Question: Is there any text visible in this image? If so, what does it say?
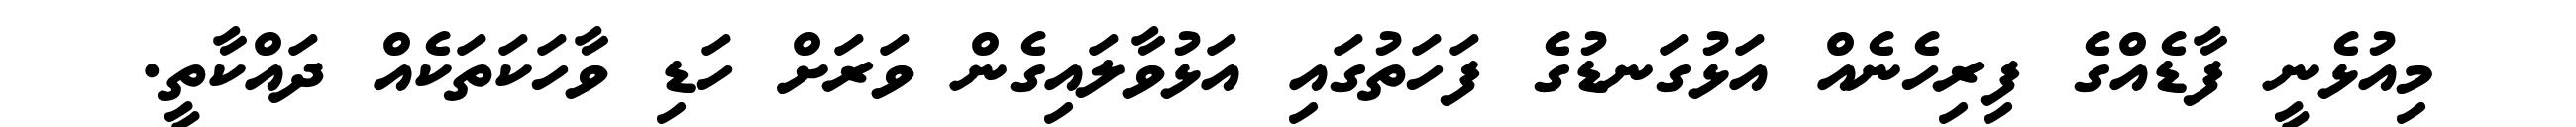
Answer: މިއުޅެނީ ފާޑެއްގެ ފިރިހެނެއް އަޅުގަނޑުގެ ފަހަތުގައި އަޅުވާލައިގެން ވަރަށް ހަޑި ވާހަކަތަކެއް ދައްކާތީ.